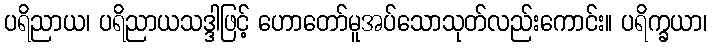
ပရိညာယ၊ ပရိညာယသဒ္ဒါဖြင့် ဟောတော်မူအပ်သောသုတ်လည်းကောင်း။ ပရိက္ခယာ၊